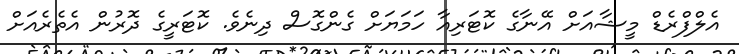
އެލްފްރެޑް މީޝާއަށް އޭނާގެ ކޮޓަރިއާ ހަމަޔަށް ގެންގޮސް ދިނެވެ. ކޮޓަރީގެ ދޮރުން އެތެރެއަށް